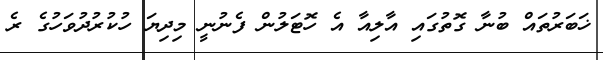
ޚަބަރުތައް ބުނާ ގޮތުގައި އާލިއާ އެ ހޮޓަލުން ފެނުނީ މިދިޔަ ހުކުރުދުވަހުގެ ރެ